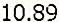
10.89